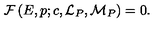
{ \cal F } \left( E , p ; c , { \cal L } _ { P } , { \cal M } _ { P } \right) = 0 .